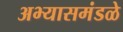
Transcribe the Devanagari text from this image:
अभ्यासमंडळे